Lunatic asylums in Bengal annual reports 1899-1911 - 1899-1911
Year: 1899
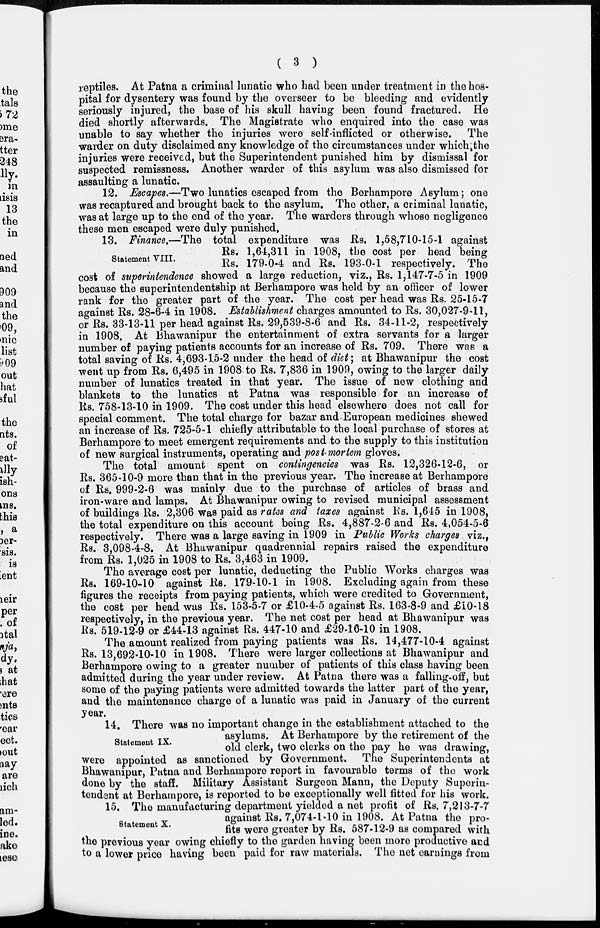
( 3 )
reptiles. At Patna a criminal lunatic who had been under treatment in the hos-
pital for dysentery was found by the overseer to be bleeding and evidently
seriously injured, the base of his skull having been found fractured. He
died shortly afterwards. The Magistrate who enquired into the case was
unable to say whether the injuries were self-inflicted or otherwise. The
warder on duty disclaimed any knowledge of the circumstances under which the
injuries were received, but the Superintendent punished him by dismissal for
suspected remissness. Another warder of this asylum was also dismissed for
assaulting a lunatic.
12. Escapes.—Two lunatics escaped from the Berhampore Asylum; one
was recaptured and brought back to the asylum. The other, a criminal lunatic,
was at large up to the end of the year. The warders through whose negligence
these men escaped were duly punished.
Statement VIII.
13. Finance.—The total expenditure was Rs. 1,58,710-15-1 against
Rs. 1,64,311 in 1908, the cost per head being
Rs. 179-0-4 and Rs. 193-0-1 respectively. The
cost of superintendence showed a large reduction, viz., Rs. 1,147-7-5 in 1909
because the superintendentship at Berhampore was held by an officer of lower
rank for the greater part of the year. The cost per head was Rs. 25-15-7
against Rs. 28-6-4 in 1908. Establishment charges amounted to Rs. 30,027-9-11,
or Rs. 33-13-11 per head against Rs. 29,539-8-6 and Rs. 34-11-2, respectively
in 1908. At Bhawanipur the entertainment of extra servants for a larger
number of paying patients accounts for an increase of Rs. 709. There was a
total saving of Rs. 4,693-15-2 under the head of diet; at Bhawanipur the cost
went up from Rs. 6,495 in 1908 to Rs. 7,836 in 1909, owing to the larger daily
number of lunatics treated in that year. The issue of new clothing and
blankets to the lunatics at Patna was responsible for an increase of
Rs. 758-13-10 in 1909. The cost under this head elsewhere does not call for
special comment. The total charge for bazar and European medicines shewed
an increase of Rs. 725-5-1 chiefly attributable to the local purchase of stores at
Berhampore to meet emergent requirements and to the supply to this institution
of new surgical instruments, operating and post mortem gloves.
The total amount spent on contingencies was Rs. 12,326-12-6, or
Rs. 365-10-9 more than that in the previous year. The increase at Berhampore
of Rs. 999-2-6 was mainly due to the purchase of articles of brass and
iron-ware and lamps. At Bhawanipur owing to revised municipal assessment
of buildings Rs. 2,306 was paid as rates and taxes against Rs. 1,645 in 1908,
the total expenditure on this account being Rs. 4,887-2-6 and Rs. 4,054-5-6
respectively. There was a large saving in 1909 in Public Works charges viz.,
Rs. 3,098-4-8. At Bhawanipur quadrennial repairs raised the expenditure
from Rs. 1,025 in 1908 to Rs. 3,463 in 1909.
The average cost per lunatic, deducting the Public Works charges was
Rs. 169-10-10 against Rs. 179-10-1 in 1908. Excluding again from these
figures the receipts from paying patients, which were credited to Government,
the cost per head was Rs. 153-5-7 or £10-4-5 against Rs. 163-8-9 and £10-18
respectively, in the previous year. The net cost per head at Bhawanipur was
Rs. 519-12-9 or £44-13 against Rs. 447-10 and £29-16-10 in 1908.
The amount realized from paying patients was Rs. 14,477-10-4 against
Rs. 13,692-10-10 in 1908. There were larger collections at Bhawanipur and
Berhampore owing to a greater number of patients of this class having been
admitted during the year under review. At Patna there was a falling-off, but
some of the paying patients were admitted towards the latter part of the year,
and the maintenance charge of a lunatic was paid in January of the current
year.
Statement IX.
14. There was no important change in the establishment attached to the
asylums. At Berhampore by the retirement of the
old clerk, two clerks on the pay he was drawing,
were appointed as sanctioned by Government. The Superintendents at
Bhawanipur, Patna and Berhampore report in favourable terms of the work
done by the staff. Military Assistant Surgeon Mann, the Deputy Superin-
tendent at Berhampore, is reported to be exceptionally well fitted for his work.
Statement X.
15. The manufacturing department yielded a net profit of Rs. 7,213-7-7
against Rs. 7,074-1-10 in 1908. At Patna the pro-
fits were greater by Rs. 587-12-9 as compared with
the previous year owing chiefly to the garden having been more productive and
to a lower price having been paid for raw materials. The net earnings from